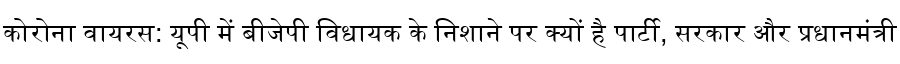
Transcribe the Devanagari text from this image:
कोरोना वायरस: यूपी में बीजेपी विधायक के निशाने पर क्यों है पार्टी, सरकार और प्रधानमंत्री